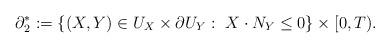
LaTeX: \begin{align*}\partial_2^\ast:=\{(X,Y)\in U_X \times\partial U_Y:\ X\cdot N_Y\leq 0\}\times[0,T).\end{align*}